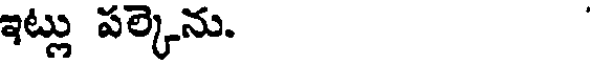
ఇట్లు పల్కెను.